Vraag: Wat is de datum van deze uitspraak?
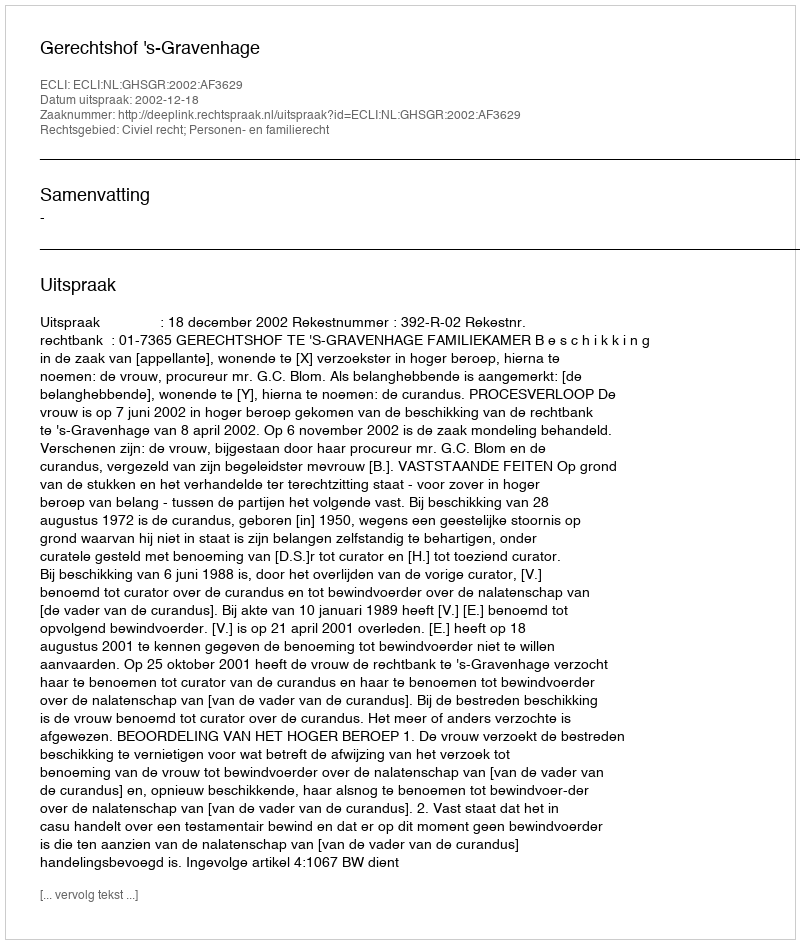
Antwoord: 2002-12-18